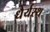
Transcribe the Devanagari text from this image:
धैर्यस्थ